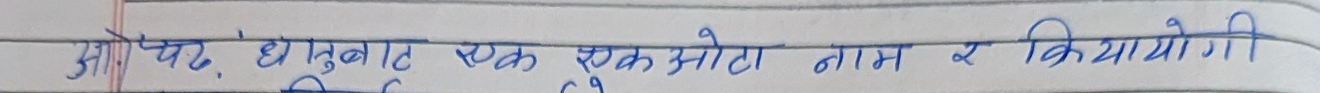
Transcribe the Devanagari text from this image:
ओ, पद, धुबाट एक झक ओटा नाम र कियायोगी